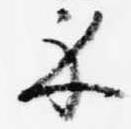
示